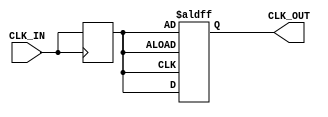
module BasicClockBuffer (
    input wire CLK_IN,     // Clock input
    output reg CLK_OUT     // Buffered clock output
);

    // Parameters for delay settings
    parameter PROPAGATION_DELAY = 1; // Propagation delay in ns
    parameter HYSTERESIS_DELAY = 2;   // Hysteresis delay in ns

    // Internal signal to handle the clock output
    reg clk_out_internal;

    // Always block to model the clock buffering behavior
    always @(posedge CLK_IN) begin
        // Introduce propagation delay
        #PROPAGATION_DELAY clk_out_internal <= CLK_IN;
    end

    // Hysteresis effect to prevent false triggering
    always @(posedge clk_out_internal or negedge clk_out_internal) begin
        if (clk_out_internal) begin
            // If the internal clock is high, wait for hysteresis delay to set output
            #HYSTERESIS_DELAY CLK_OUT <= clk_out_internal;
        end else begin
            // If the internal clock is low, set output immediately
            CLK_OUT <= clk_out_internal;
        end
    end

    // Initialize output
    initial begin
        CLK_OUT = 1'b0; // Start with a known state
    end

endmodule